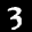
Label: 3